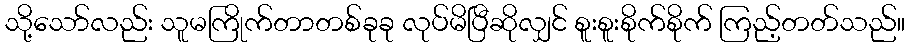
သို့သော်လည်း သူမကြိုက်တာတစ်ခုခု လုပ်မိပြီဆိုလျှင် စူးစူးစိုက်စိုက် ကြည့်တတ်သည်။